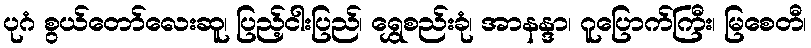
ပုဂံ စွယ်တော်လေးဆူ၊ ပြည့်ငါးပြည်၊ ရွှေစည်းခုံ၊ အာနန္ဒာ၊ ဂူပြောက်ကြီး၊ မြစေတီ၊